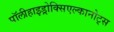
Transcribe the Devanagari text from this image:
पॉलीहाइड्रोक्सिएल्कानोट्स